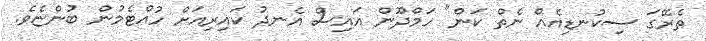
ތެރޭގަ ސިކުނޑިއެއް ނެތް ކަން" ހަމްދޫން އައިސް އެނދު ކައިރިއަށް ހުއްޓެމުން ބުންޏެވެ.